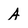
Character: A